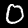
Label: 0